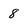
Character: 8